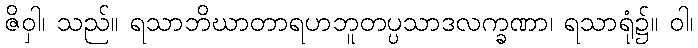
ဇိဝှါ၊ သည်။ ရသာဘိဃာတာရဟဘူတပ္ပသာဒလက္ခဏာ၊ ရသာရုံ၌။ ဝါ၊